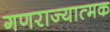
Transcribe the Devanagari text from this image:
गणराज्‍यात्‍मक